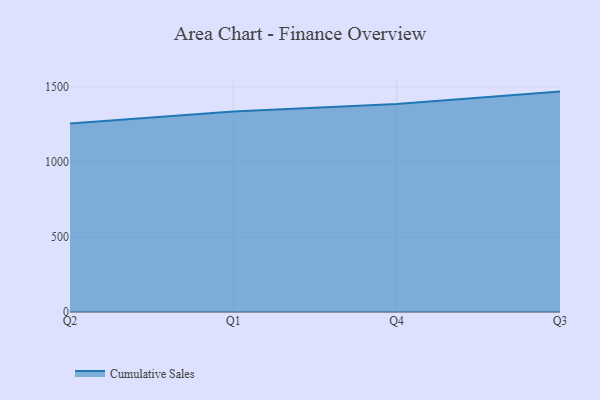
{"axis": {"x": "Quarter", "y": "Budget (USD K)"}, "legend": ["Cumulative Sales"], "data": [{"x": "Q2", "y": 1255.1, "type": "Cumulative Sales"}, {"x": "Q1", "y": 1334.9, "type": "Cumulative Sales"}, {"x": "Q4", "y": 1386.0, "type": "Cumulative Sales"}, {"x": "Q3", "y": 1468.2, "type": "Cumulative Sales"}]}